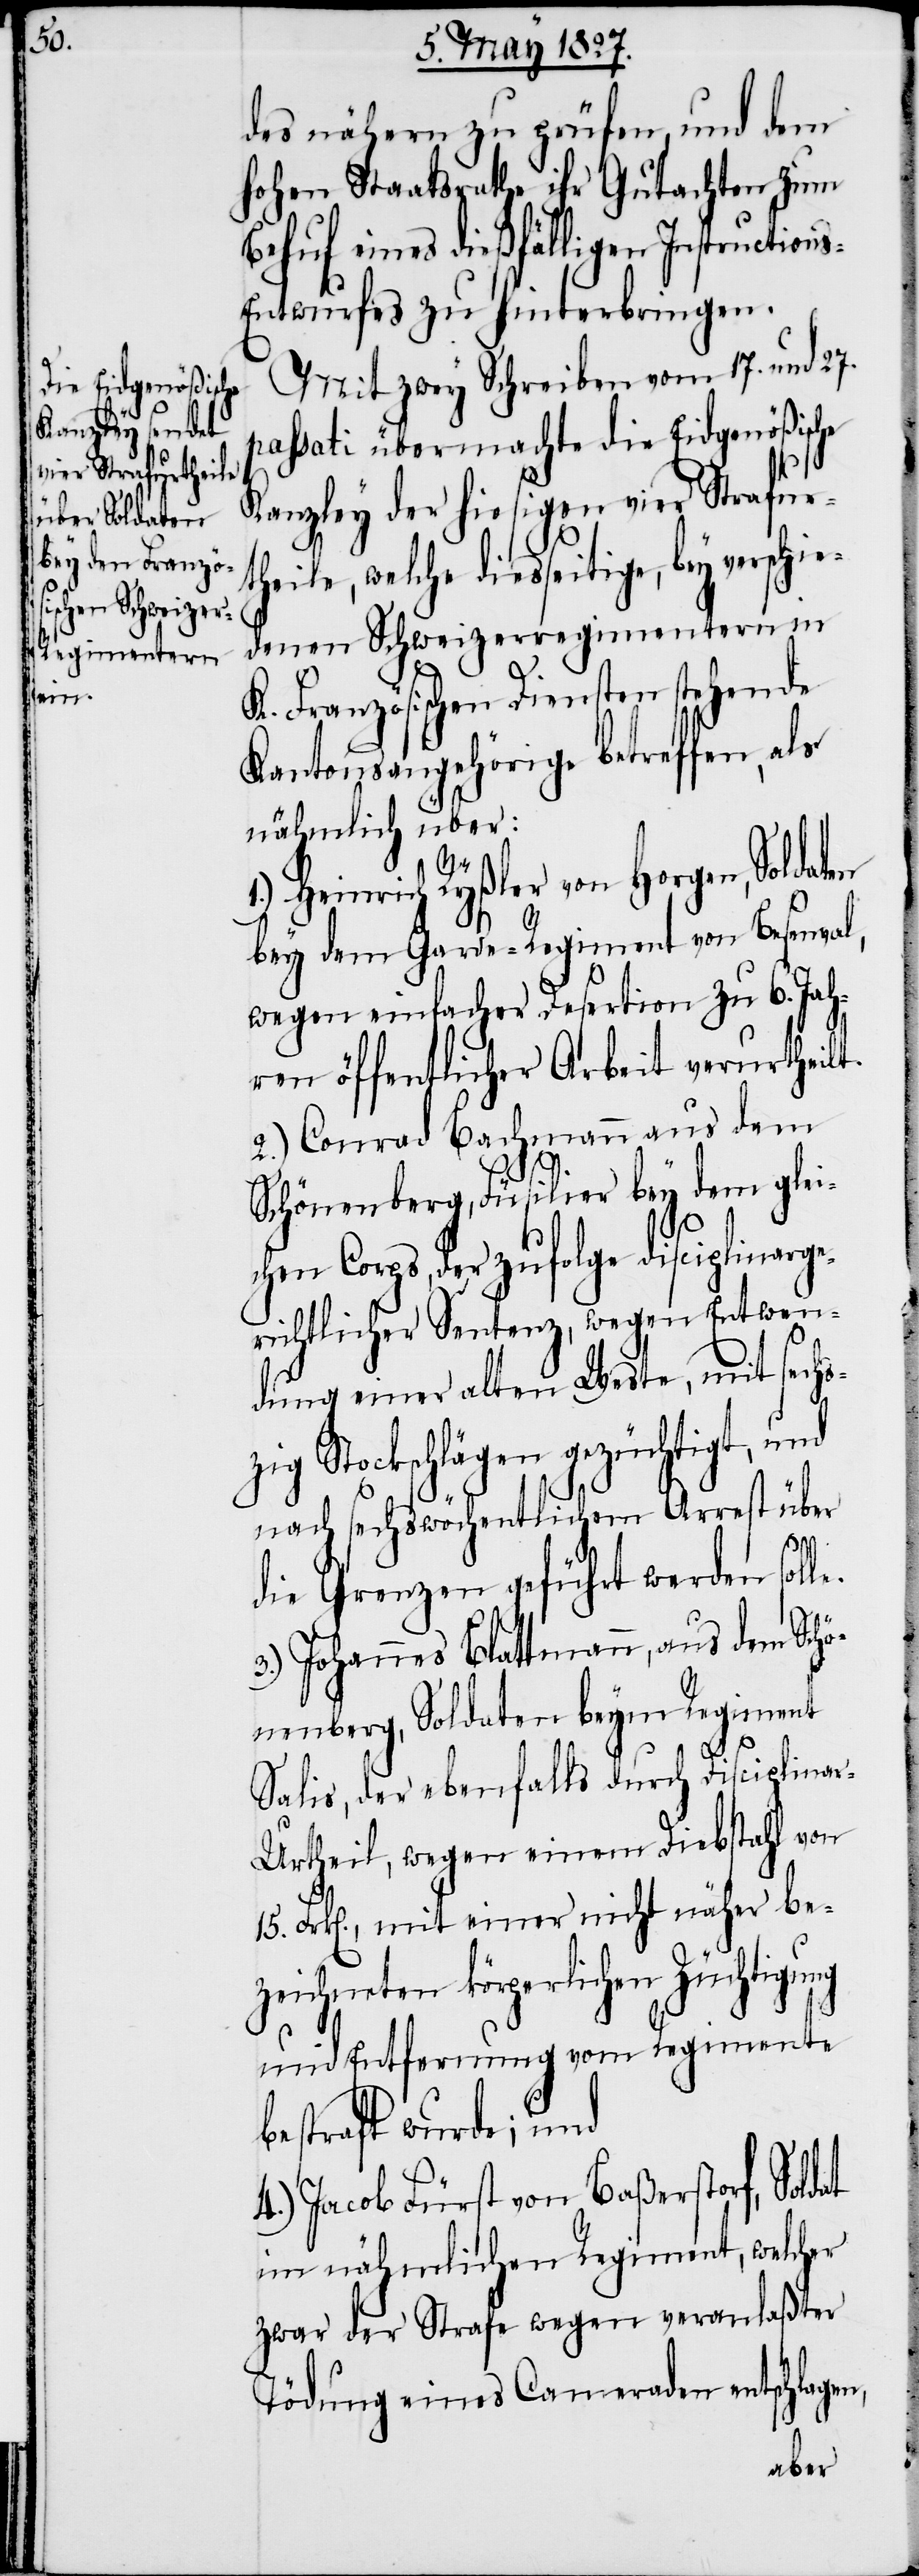
des nähern zu prüfen, und dem
Hohen Staatsrathe ihr Gutachen zum
Behuf eines dießfälligen Instruction¬
s-Entwurfes zu hinterbringen.
Mit zwey Schreiben vom 17. und 27.
passati übermachte die Eidgenößische
Kanzley der hiesigen vier Strafurt¬
heile, welche diesseitige, bey
denen Schweizerregimentern in
K. Französischen Diensten stehende
Kantonsangehörige betreffen, als
nähmlich über:
ver¬
1.) Heinrich Rüßler von Horgen, Soldaten
bey dem Garde-Regiment von Besenval,
wegen einfacher Desertion zu 6. Jah¬
ren öffentlicher Arbeit verurtheil¬
2.) Conrad Bachmann aus dem
Schönenberg, Füsilier bey dem glei¬
chen Corps, der zufolge disciplinarge¬
richtlicher Sentenz, wegen Entwen¬
dung einer alten Weste, mit sechs¬
zig Stockschlägen gezüchtigt, und
nach sechswöchigem Arrest über
schie¬
die Grenzen geführt werden soll¬
3.) Johannes Blattmann, aus dem Schö¬
nenberg, Soldaten beym Regiment
15.
t.
Salis, der ebenfalls durch Disciplina¬
r-Urtheil, wegen einem Diebstahl von
Frk[en]., mit einer nicht näher be¬
zeichneten körperlichen Züchtigung
und Entfernung vom Regimente
bestraft wurde; und
4.) Jacob Fürst von Baßerstorf, Soldat
im nähmlichen Regiment, welcher
zwar der Strafe wegen veranlaßter
Tödung eines Cameraden entschlagen,